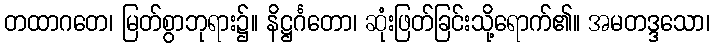
တထာဂတေ၊ မြတ်စွာဘုရား၌။ နိဋ္ဌင်္ဂတော၊ ဆုံးဖြတ်ခြင်းသို့ရောက်၏။ အမတဒ္ဒသော၊